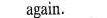
again.